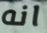
انه